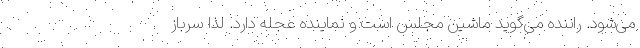
می‌شود. راننده می‌گوید ماشین مجلس است و نماینده عجله دارد. لذا سرباز